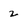
Character: 2